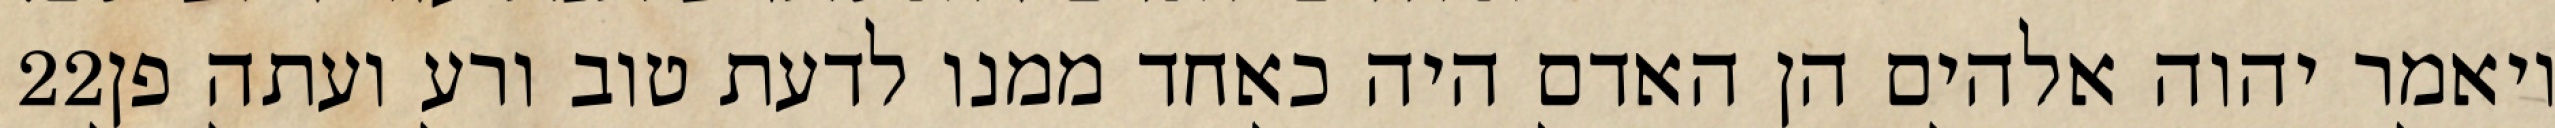
‎22‏ ויאמר יהוה אלהים הן האדם היה כאחד ממנו לדעת טוב ורע ועתה פן